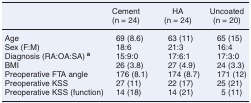
<table><thead><tr><td></td><td><b>Cement</b></td><td><b>HA</b></td><td><b>Uncoated </b></td></tr><tr><td></td><td><b>(n = 24)</b></td><td><b>(n = 24)</b></td><td><b>(n = 20)</b></td></tr></thead><tbody><tr><td>Age</td><td>69 (8.6)</td><td>63 (11)</td><td>65 (15)</td></tr><tr><td>Sex (F:M)</td><td>18:6</td><td>21:3</td><td>16:4</td></tr><tr><td>Diagnosis (RA:OA:SA) <b><sup>a</sup></b></td><td>15:9:0</td><td>17:6:1</td><td>17:3:0</td></tr><tr><td>BMI</td><td>26 (3.8)</td><td>27 (4.9)</td><td>24 (3.3)</td></tr><tr><td>Preoperative FTA angle</td><td>176 (8.1)</td><td>174 (8.7)</td><td>171 (12)</td></tr><tr><td>Preoperative KSS</td><td>27 (11)</td><td>22 (17)</td><td>25 (21)</td></tr><tr><td>Preoperative KSS (function)</td><td>14 (18)</td><td>14 (21)</td><td>5 (11)</td></tr></tbody></table>